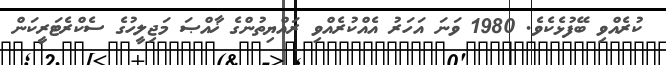
ކުރެއްވި ބޭފުޅެކެވެ. 1980 ވަނަ އަހަރު އެއްކުރެއްވި ރައްޔިތުންގެ ޚާއްޞަ މަޖިލީހުގެ ސެކްރެޓަރީކަން